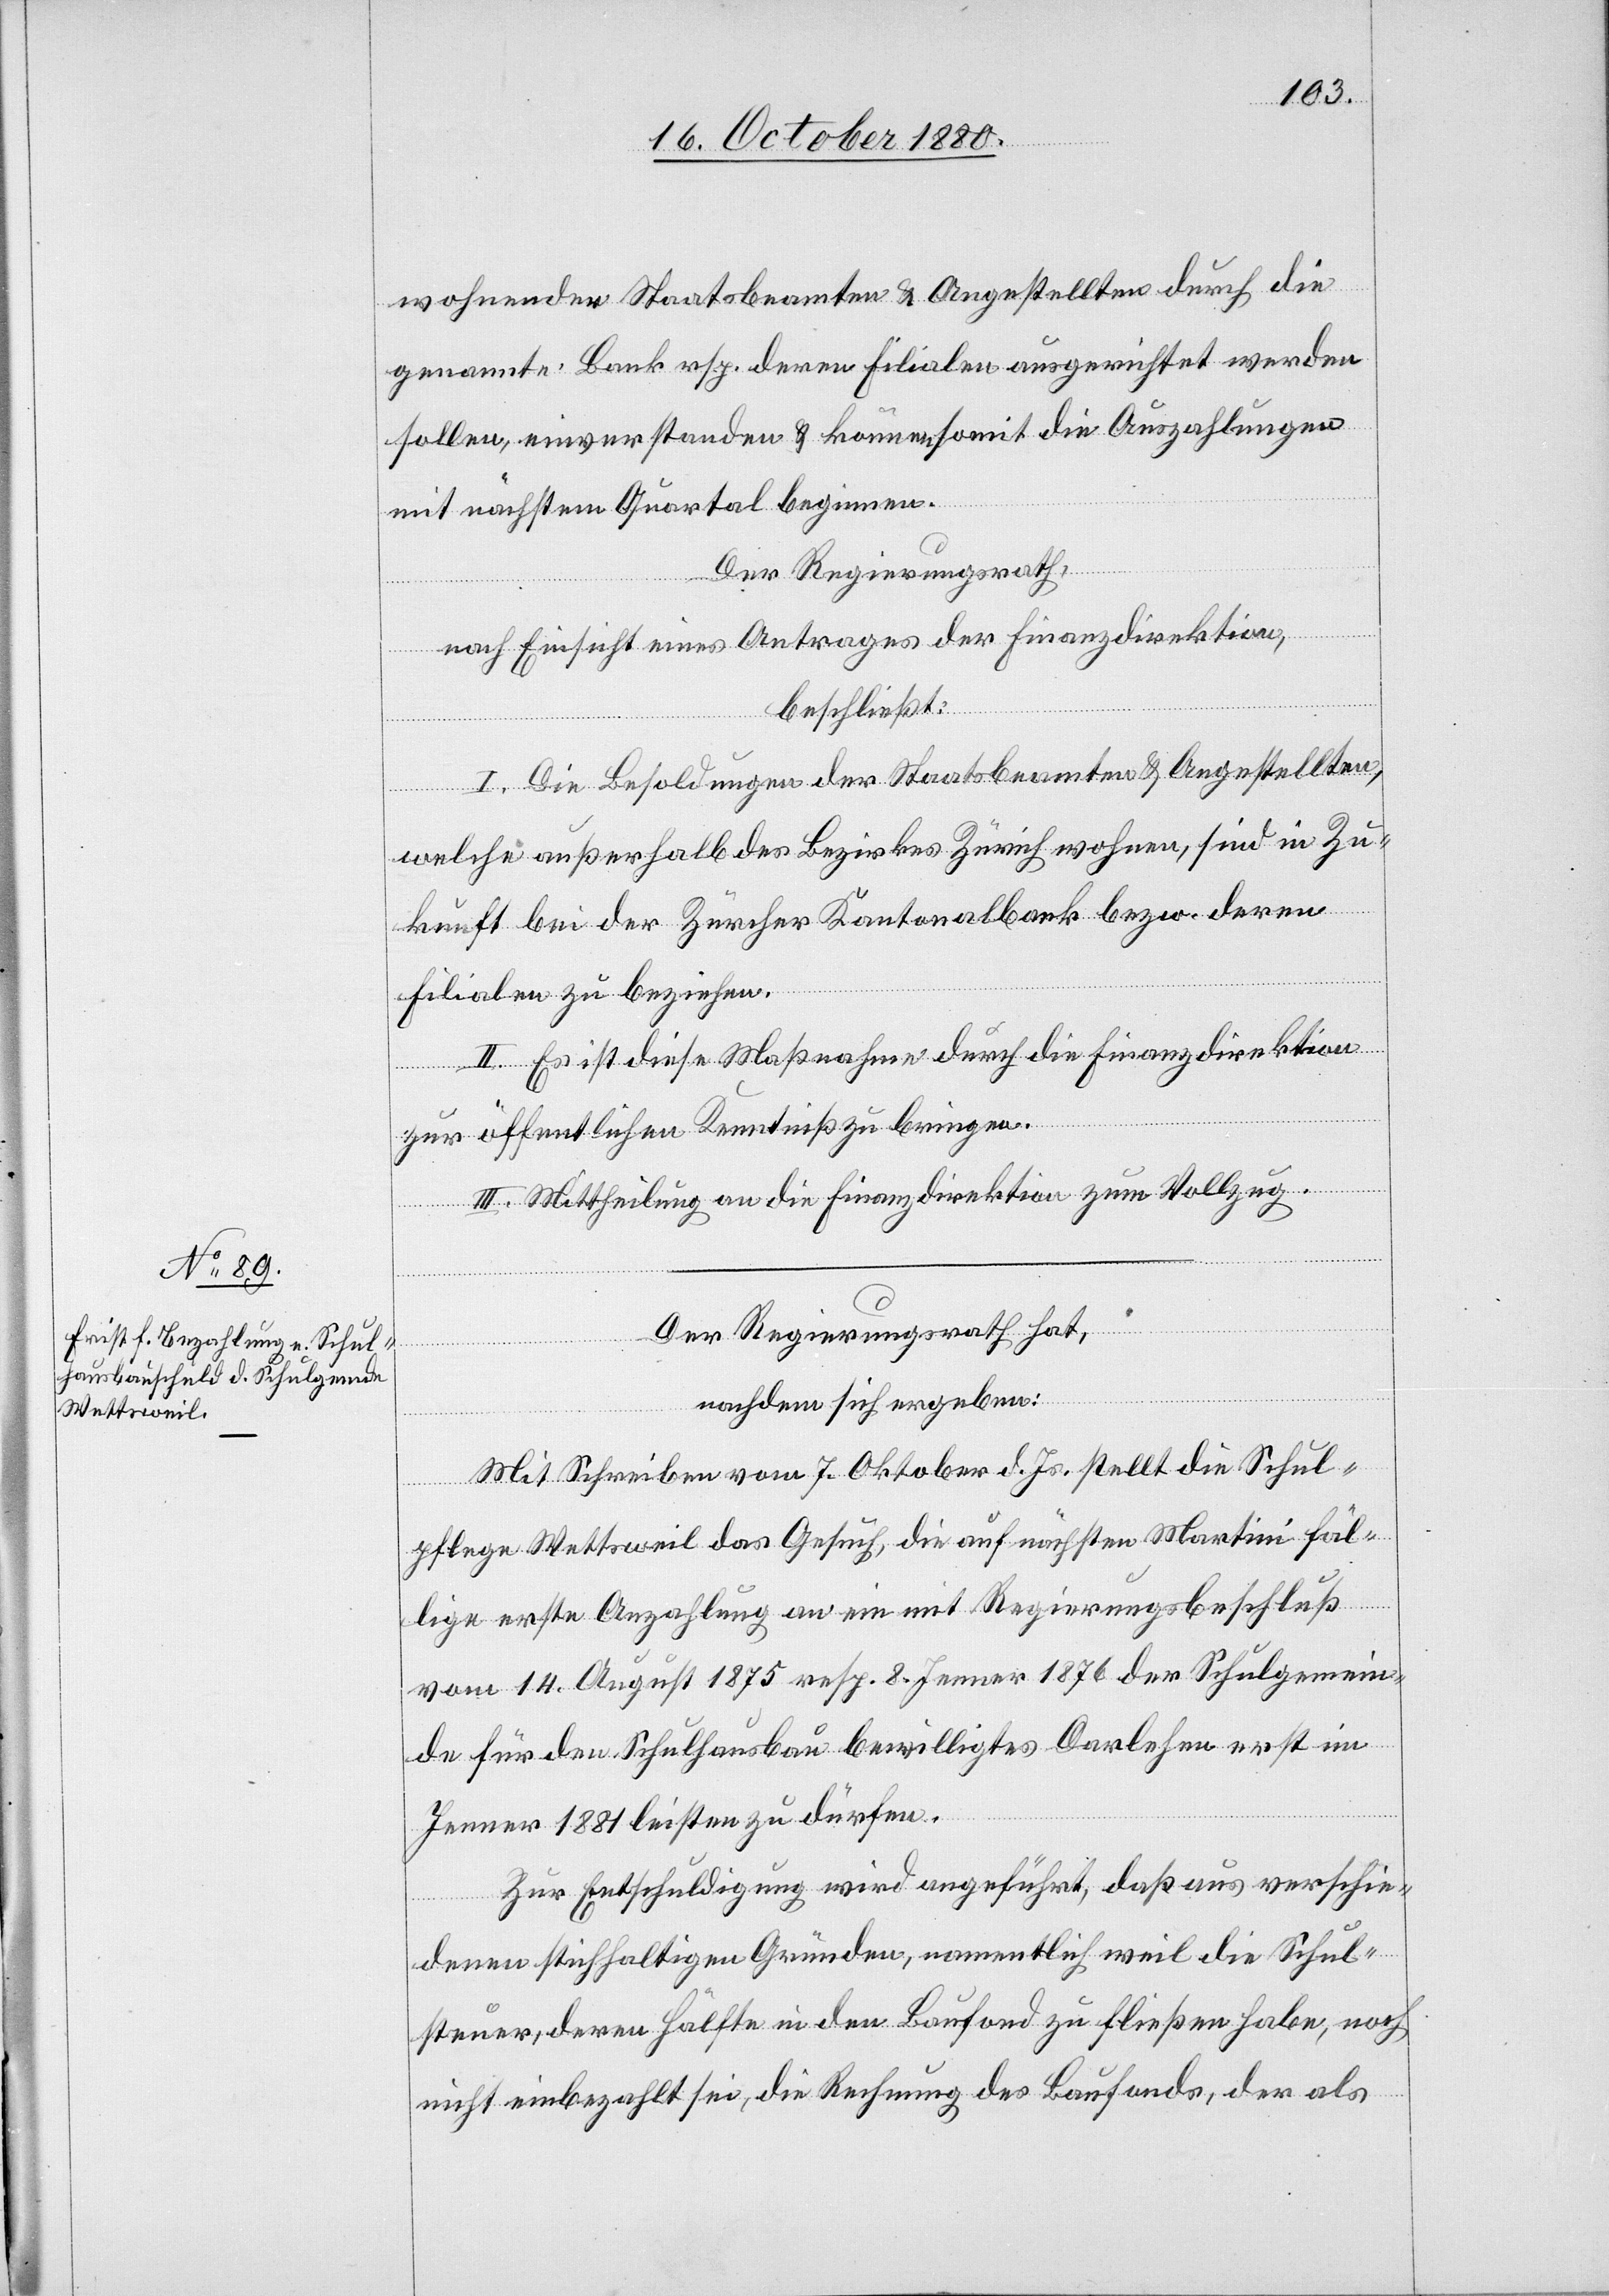
wohnenden Staatbeamten & Angestellten durch die
genannte Bank rsp. deren Filialen ausgerichtet werden
sollen, einverstanden & können soweit die Auszahlungen
mit nächstem Quartal beginnen.
Der Regierungsrath,
nach Einsicht eines Antrages der Finanzdirektion,
beschließt:
I. Die Besoldung der Staatsbeamten & Angestellten,
welche außerhalb des Bezirkes Zürich wohnen, sind in Zu¬
kunft bei der Zürcher Kantonalbank bezw. deren
Filialen zu beziehen.
II. Es ist diese Maßnahme durch die Finanzdirektion
zur öffentlichen Kenntniß zu bringen.
III. Mittheilung an die Finanzdirektion zum Vollzug.
Der Regierungsrath hat,
nachdem sich ergeben:
Mit Schreiben vom 7. Oktober d. Js. stellt die Schul¬
pflege Wettsweil das Gesuch, die auf nächsten Martini fäl¬
lige erste Anzahlung an ein mit Regierungsbeschluß
vom 14. August 1875 resp. 8. Jenner 1876 der Schulgemein¬
de für den Schulhausbau bewilligtes Darlehen erst im
Jenner 1881 leisten zu dürfen.
Zur Entschuldigung wird angeführt, daß aus verschie¬
denen stichhaltigen Gründen, namentlich weil die Schul¬
steuer, deren Hälfte in den Baufond zu fließen habe, noch
nicht einbezahlt sei, die Rechnung des Baufonds, der als